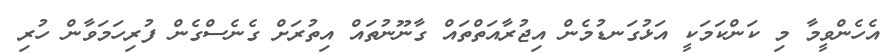
އެހެންވީމާ މި ކަންކަމަކީ އަޅުގަނޑުމެން އިޖުރާއަތްތައް ގާނޫނުތައް އިތުރަށް ގެނެސްގެން ފުރިހަމަވާން ހުރި